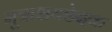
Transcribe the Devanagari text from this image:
मूत्राशयछेदक